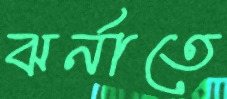
ঝর্নাতে